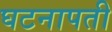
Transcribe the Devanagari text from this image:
घटनापती